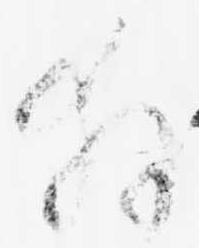
拝